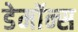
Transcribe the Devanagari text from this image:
डेमॉन्स